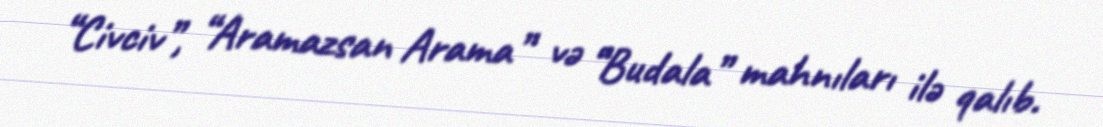
“Civciv”, “Aramazsan Arama” və “Budala” mahnıları ilə qalıb.